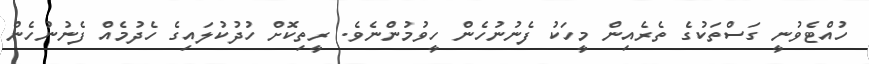
ހުއްޓެވުނީ ގަސްތަކުގެ ތެރެއިން މީހަކު ފެނުނުހެން ހީވުމުންނެވެ. ރީތިކޮށް ހުދުކުލައިގެ ހެދުމެއް ފެނުނުހެން